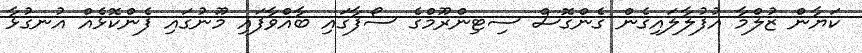
ކަޔާން ޒުލްމާ އުފުލާލައިގެން ގެންގޮސް ސިޓިންރޫމްގެ ސޯފާގައި ބާއްވާފައި މޫނުގައި ފެންކޮޅެއް އުނގުޅާ